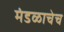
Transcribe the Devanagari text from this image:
मंडळाचेच